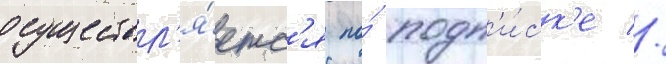
осуществл'я́етс'я по́ подп'и́ск'е //